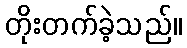
တိုးတက်ခဲ့သည်။